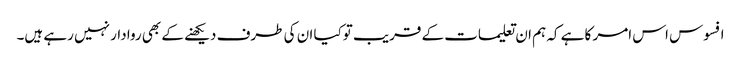
افسوس اس امر کا ہے کہ ہم ان تعلیمات کے قریب توکیا ان کی طرف دیکھنے کے بھی روا دار نہیں رہے ہیں۔